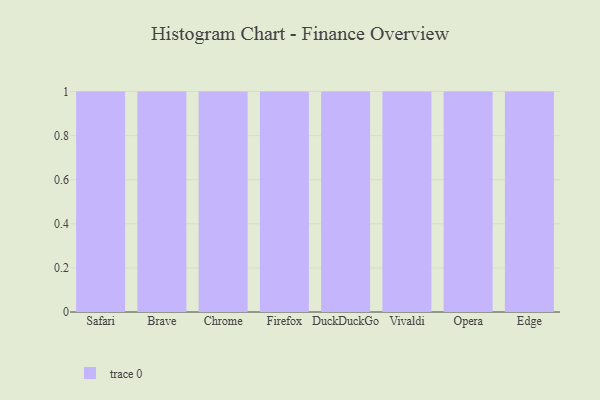
{"axis": {"x": "Browser", "y": "Backlog"}, "legend": [""], "data": [{"x": "Safari", "y": 42, "type": ""}, {"x": "Brave", "y": 34, "type": ""}, {"x": "Chrome", "y": 77, "type": ""}, {"x": "Firefox", "y": 91, "type": ""}, {"x": "DuckDuckGo", "y": 90, "type": ""}, {"x": "Vivaldi", "y": 52, "type": ""}, {"x": "Opera", "y": 75, "type": ""}, {"x": "Edge", "y": 77, "type": ""}]}